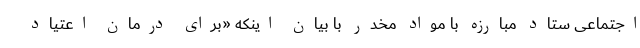
اجتماعی ستاد مبارزه با مواد مخدر با بیان اینکه «برای درمان اعتیاد